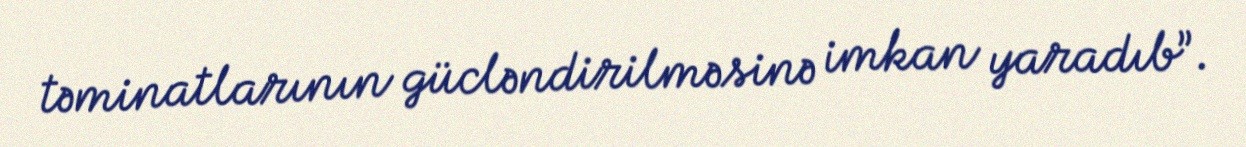
təminatlarının gücləndirilməsinə imkan yaradıb”.